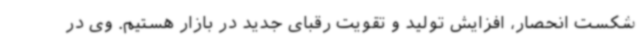
شکست انحصار، افزایش تولید و تقویت رقبای جدید در بازار هستیم. وی در